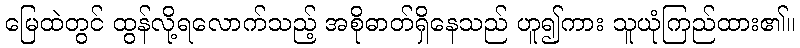
မြေထဲတွင် ထွန်လို့ရလောက်သည့် အစိုဓာတ်ရှိနေသည် ဟူ၍ကား သူယုံကြည်ထား၏။